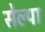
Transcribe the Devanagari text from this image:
सेल्पा